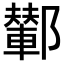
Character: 鄻